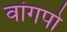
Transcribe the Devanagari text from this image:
वांगपो